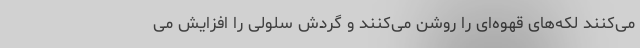
می‌کنند لکه‌های قهوه‌ای را روشن می‌کنند و گردش سلولی را افزایش می